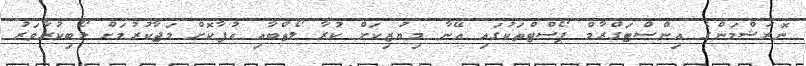
ނޮރަޝްމަންގެ އިންސްޓަގްރާމް ޕޯސްޓްތަކުގައި އޭނާ މިޔުޒިކަށް ކުރާ ލޯތްބާއި އުފާކޮށް މަޖާކުރުމަށް ލޯބިކުރާވަރު